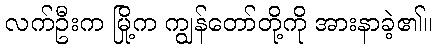
လက်ဦးက မြို့က ကျွန်တော်တို့ကို အားနာခဲ့၏။